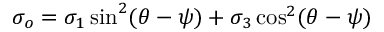
\sigma _ { o } = \sigma _ { 1 } \sin ^ { 2 } ( \theta - \psi ) + \sigma _ { 3 } \cos ^ { 2 } ( \theta - \psi )